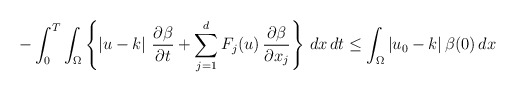
\begin{align*}-\int_{0}^{T}\int_{\Omega}\left\{\left|u-k\right|\,\frac{\partial\beta}{\partial t} +\displaystyle\sum_{j=1}^{d}F_{j}(u)\,\frac{\partial\beta}{\partial x_{j}}\right\}\,dx\,dt\leq \int_{\Omega}\left|u_{0}-k\right|\beta(0)\,dx\end{align*}